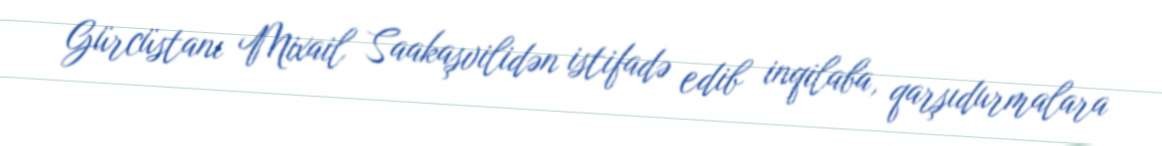
Gürcüstanı Mixail Saakaşvilidən istifadə edib inqilaba, qarşıdurmalara